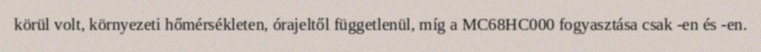
körül volt, környezeti hőmérsékleten, órajeltől függetlenül, míg a MC68HC000 fogyasztása csak -en és -en.